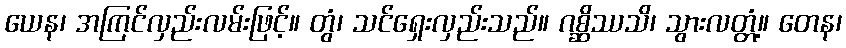
ယေန၊ အကြင်လှည်းလမ်းဖြင့်။ တွံ၊ သင်ရှေးလှည်းသည်။ ဂစ္ဆိဿသိ၊ သွားလတ္တံ့။ တေန၊